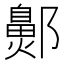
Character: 𬪞